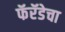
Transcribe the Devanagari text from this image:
फॅरॅडेचा